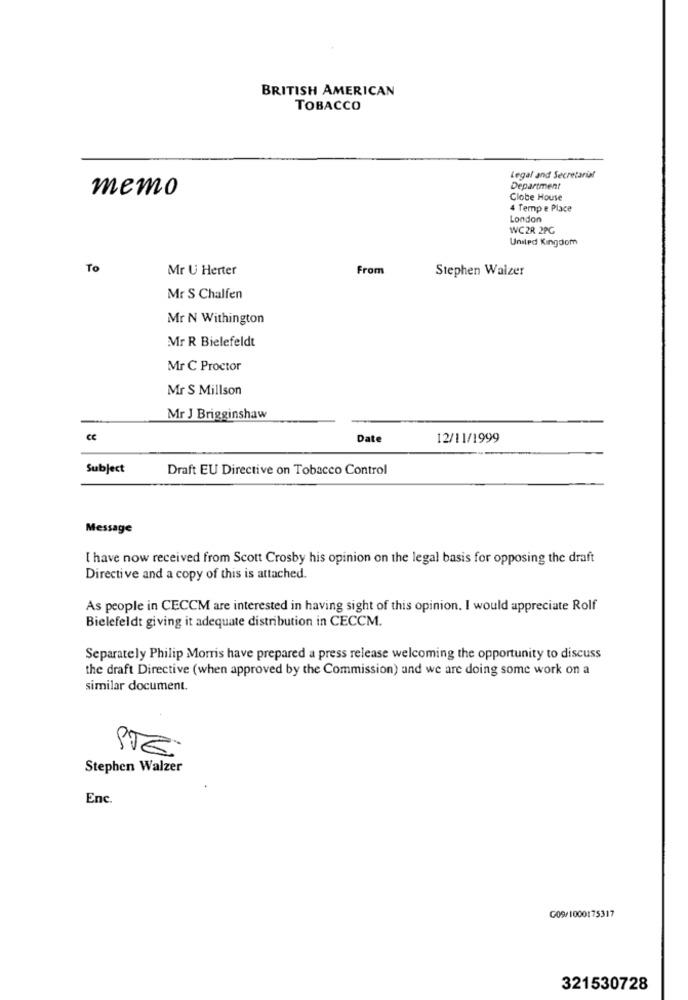
BRITISH AMERICAN
TOBACCO
Legal and Secretarial
memo
Department
Clobe House
4 Temp e Place
London
WC2R 2PC
United Kingdom
To
Mr U Herter
From
Stephen Walzer
Mr S Chalfen
Mr N Withington
Mr R Bielefeldt
Mr C Proctor
Mr S Millson
Mr J Brigginshaw
CE
Date
12/11/1999
Subject
Draft EU Directive on Tobacco Control
Message
I have now received from Scott Crosby his opinion on the legal basis for opposing the draft
Directive and a copy of this is attached.
As people in CECCM are interested in having sight of this opinion. I would appreciate Rolf
Bielefeldt giving it adequate distribution in CECCM.
Separately Philip Morris have prepared a press release welcoming the opportunity to discuss
the draft Directive (when approved by the Commission) and we are doing some work on a
similar document.
PTE
Stephen Walzer
Enc.
G09/1000175317
321530728